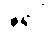
ဇရပ်